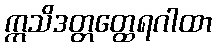
ဣသိဒတ္တတ္ထေရဂါထာ